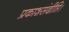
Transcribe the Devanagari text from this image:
प्रकाशसंदीप्ति।